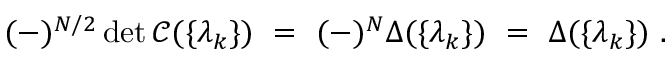
( - ) ^ { N / 2 } \operatorname * { d e t } \mathcal { C } ( \{ \lambda _ { k } \} ) ~ = ~ ( - ) ^ { N } \Delta ( \{ \lambda _ { k } \} ) ~ = ~ \Delta ( \{ \lambda _ { k } \} ) ~ .